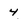
Character: 4